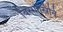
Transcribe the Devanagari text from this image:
बिरगोस्रिनि